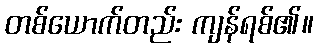
တစ်ယောက်တည်း ကျန်ရစ်၏။